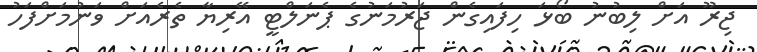
ޖިރޫ އަށް ލިބުނު ބޯޅަ ހިފައިގެން ޖަރުމަނުގެ ޕެނަލްޓީ އޭރިޔާ ތެރެއަށް ވަނުމަށްފަހު